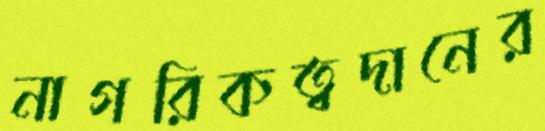
নাগরিকত্বদানের